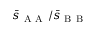
\bar { s } _ { \mathrm { ~ A ~ A ~ } } / \bar { s } _ { \mathrm { ~ B ~ B ~ } }